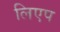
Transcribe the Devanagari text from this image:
लिएप